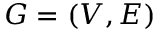
G = ( V , E )